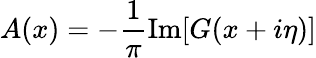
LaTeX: A(x)=-\frac{1}{\pi}\operatorname{Im}[G(x+i\eta)]